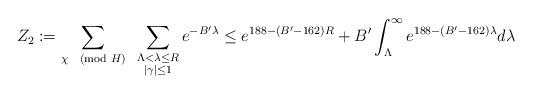
LaTeX: \begin{align*}Z_2 := \sum_{\chi \pmod{H}} \,\,\, \sum_{\substack{\Lambda < \lambda \leq R \\ |\gamma| \leq 1} } e^{-B' \lambda} \leq e^{188-(B'-162) R} + B' \int_{\Lambda }^{\infty} e^{188-(B'-162) \lambda } d\lambda\end{align*}